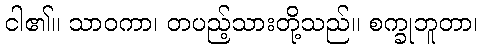
ငါ၏။ သာဝကာ၊ တပည့်သားတို့သည်။ စက္ခုဘူတာ၊